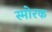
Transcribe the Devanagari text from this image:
स्माेरक